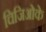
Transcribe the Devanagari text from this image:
चिजिओके